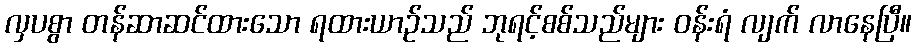
လှပစွာ တန်ဆာဆင်ထားသော ရထားယာဉ်သည် ဘုရင့်စစ်သည်များ ဝန်းရံ လျက် လာနေပြီ။